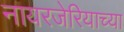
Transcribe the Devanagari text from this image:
नायरजेरियाच्या